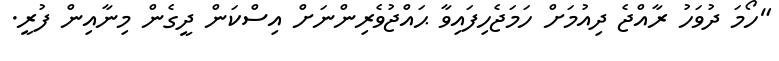
"ހޯމަ ދުވަހު ރާއްޖެ ދިއުމަށް ހަަމަޖެހިފައިވާ ޙައްޖުވެރިންނަށް އިސްކަން ދީގެން މިނާއިން ފުރީ.